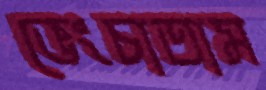
ভেংচাতাম